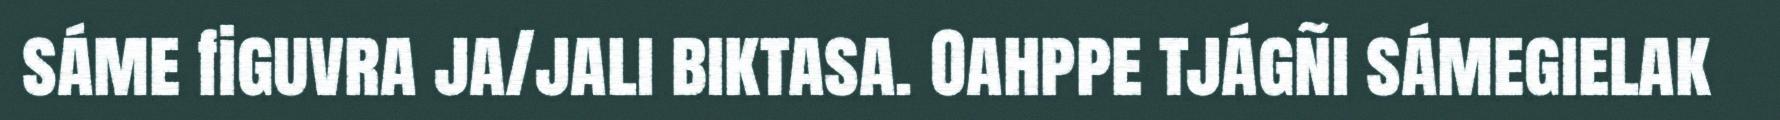
sáme figuvra ja/jali biktasa. Oahppe tjágñi sámegielak